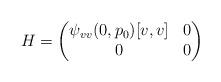
LaTeX: \begin{align*}H = \begin{pmatrix}\psi_{vv}(0,p_0)[v,v]& 0\\ 0&0\end{pmatrix}\end{align*}